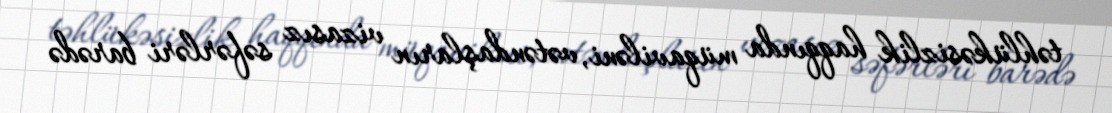
təhlükəsizlik haqqında müqaviləni, vətəndaşların vizasız səfərləri barədə